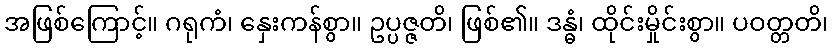
အဖြစ်ကြောင့်။ ဂရုကံ၊ နှေးကန်စွာ။ ဥပ္ပဇ္ဇတိ၊ ဖြစ်၏။ ဒန္ဓံ၊ ထိုင်းမှိုင်းစွာ။ ပဝတ္တတိ၊